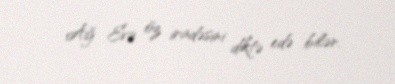
Ağ Evə öz iradəsini diktə edə bilər.